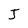
Character: J